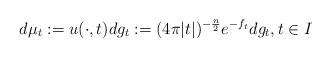
LaTeX: \begin{align*} d\mu_t:=u(\cdot,t)dg_t:=(4\pi|t|)^{-\frac{n}{2}}e^{-f_t}dg_t,t\in I\end{align*}